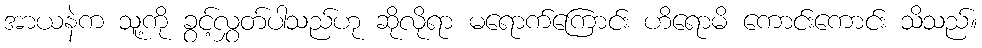
အာယနဲက သူ့ကို ခွင့်လွှတ်ပါသည်ဟု ဆိုလိုရာ မရောက်ကြောင်း ဟိရောမိ ကောင်းကောင်း သိသည်။